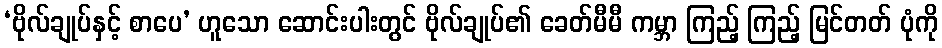
‘ဗိုလ်ချုပ်နှင့် စာပေ’ ဟူသော ဆောင်းပါးတွင် ဗိုလ်ချုပ်၏ ခေတ်မီမီ ကမ္ဘာ ကြည့် ကြည့် မြင်တတ် ပုံကို